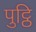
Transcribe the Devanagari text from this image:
पुट्ठि